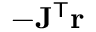
- \mathbf { J } ^ { \mathsf { T } } \mathbf { r }